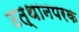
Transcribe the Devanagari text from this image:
उत्थानपरक